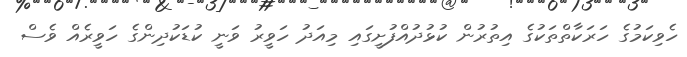
ހެވިކަމުގެ ހަރަކާތްތަކުގެ އިތުރުން ކުޅުދުއްފުށީގައި މިއަދު ހަވީރު ވަނީ ކުޑަކުދިންގެ ހަވީރެއް ވެސް